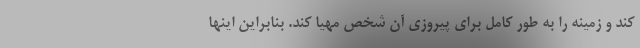
کند و زمینه را به طور کامل برای پیروزی آن شخص مهیا کند. بنابراین اینها